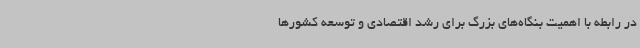
در رابطه با اهمیت بنگاه‌های بزرگ برای رشد اقتصادی و توسعه کشورها